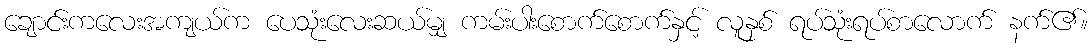
ချောင်းကလေးအကျယ်က ပေသုံးလေးဆယ်မျှ ကမ်းပါးစောက်စောက်နှင့် လူနှစ် ရပ်သုံးရပ်စာလောက် နက်၏။